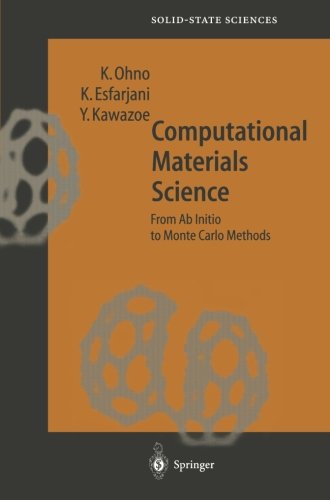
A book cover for Computational Materials Science: From Ab Initio to Monte Carlo Methods (Springer Series in Solid-State Sciences); Kaoru Ohno; Travel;